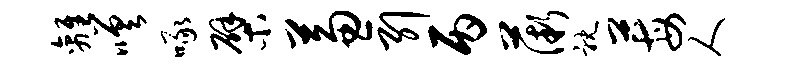
离嗟啄檗兼引丙薇耽莓人